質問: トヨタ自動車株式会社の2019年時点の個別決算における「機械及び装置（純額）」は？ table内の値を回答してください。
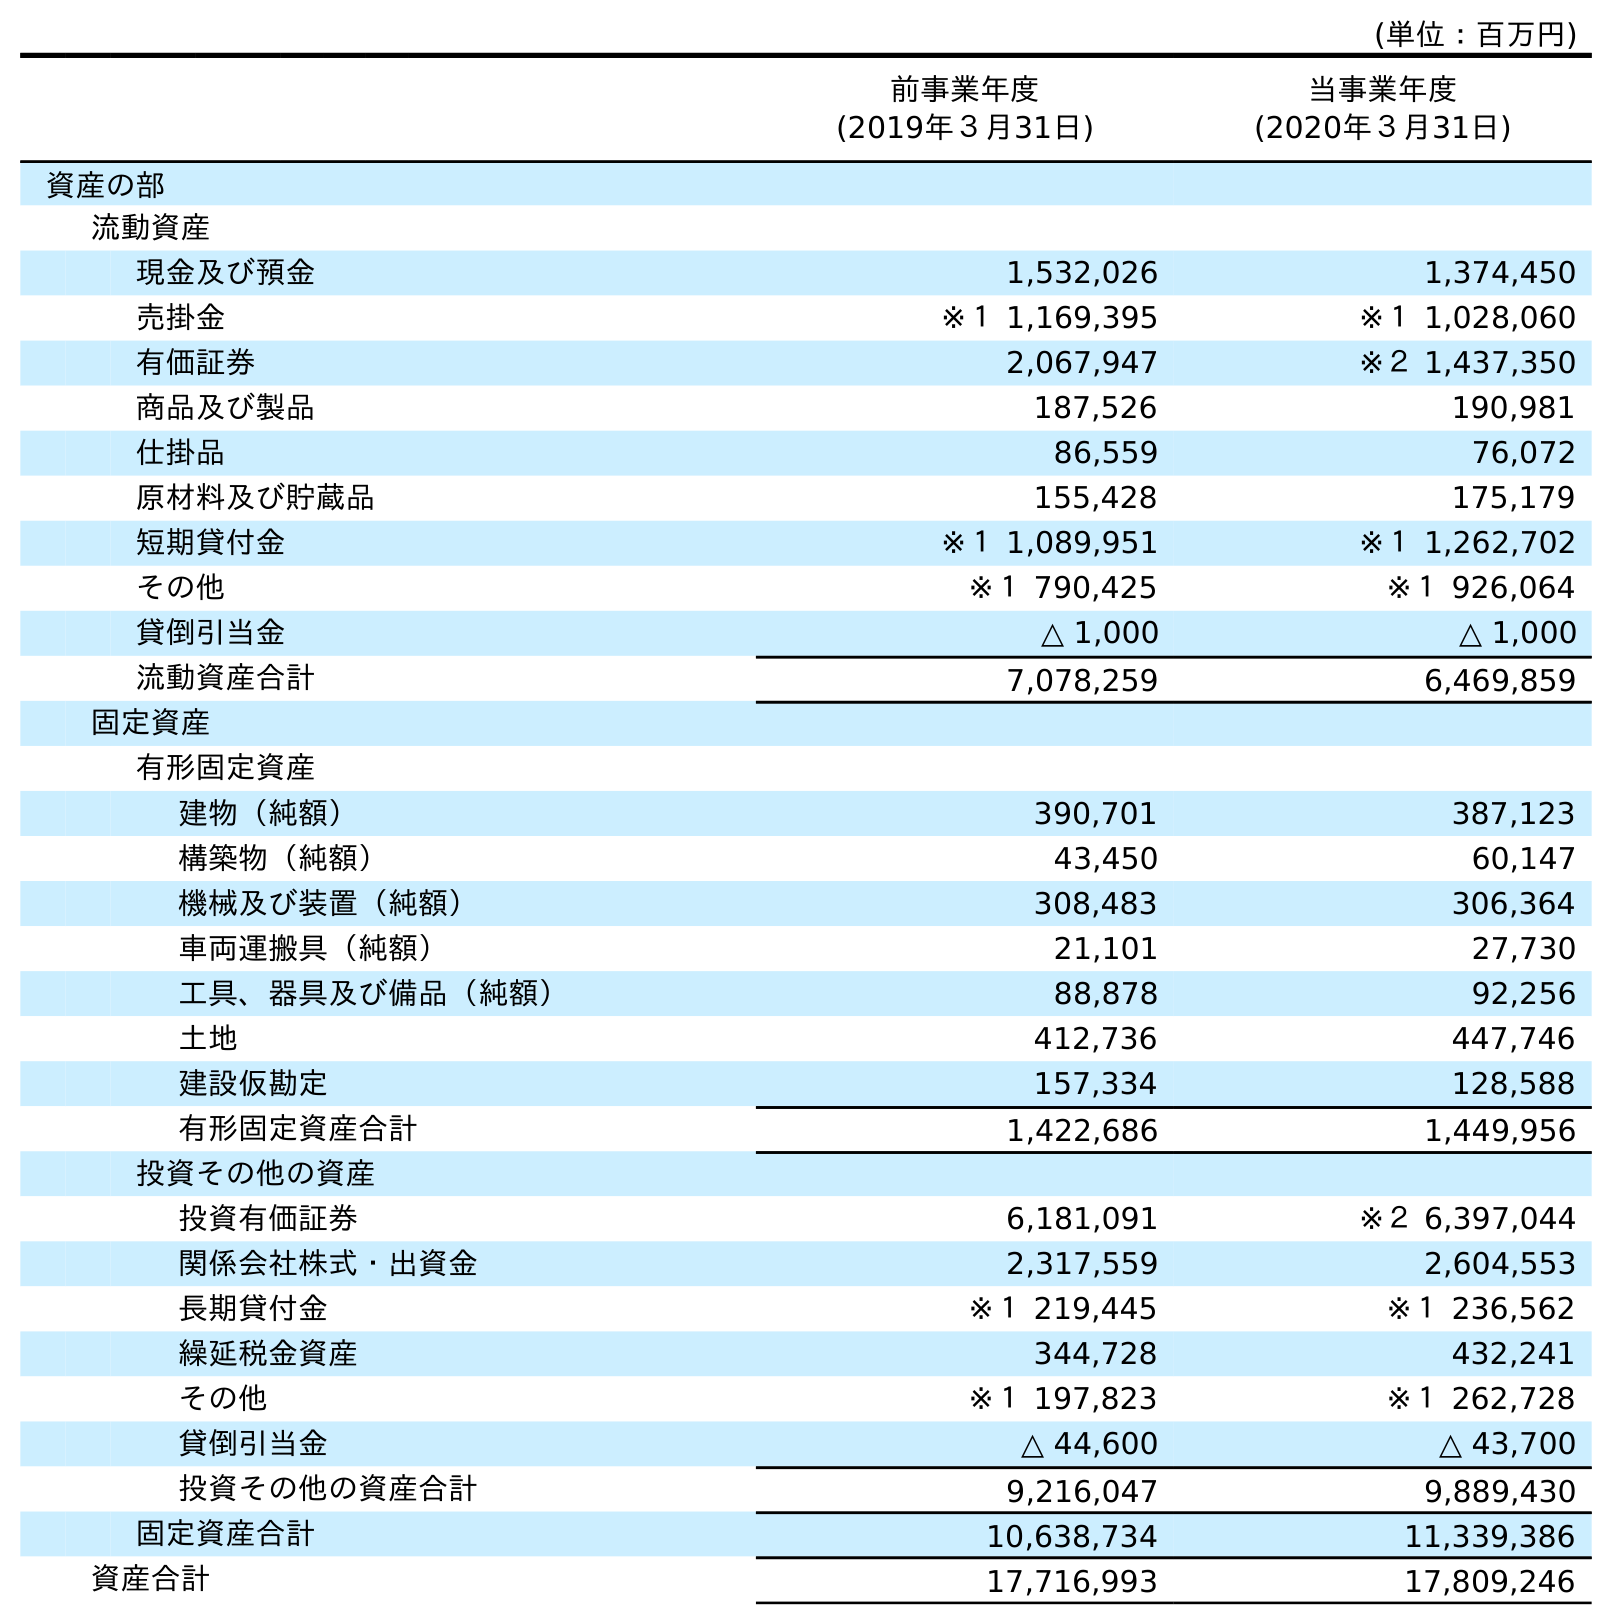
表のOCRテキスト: (単位：百万円) 前事業年度 (2019年３月31日) 当事業年度 (2020年３月31日) 資産の部 流動資産 現金及び預金 1,532,026 1,374,450 売掛金 ※１ 1,169,395 ※１ 1,028,060 有価証券 2,067,947 ※２ 1,437,350 商品及び製品 187,526 190,981 仕掛品 86,559 76,072 原材料及び貯蔵品 155,428 175,179 短期貸付金 ※１ 1,089,951 ※１ 1,262,702 その他 ※１ 790,425 ※１ 926,064 貸倒引当金 △ 1,000 △ 1,000 流動資産合計 7,078,259 6,469,859 固定資産 有形固定資産 建物（純額） 390,701 387,123 構築物（純額） 43,450 60,147 機械及び装置（純額） 308,483 306,364 車両運搬具（純額） 21,101 27,730 工具、器具及び備品（純額） 88,878 92,256 土地 412,736 447,746 建設仮勘定 157,334 128,588 有形固定資産合計 1,422,686 1,449,956 投資その他の資産 投資有価証券 6,181,091 ※２ 6,397,044 関係会社株式・出資金 2,317,559 2,604,553 長期貸付金 ※１ 219,445 ※１ 236,562 繰延税金資産 344,728 432,241 その他 ※１ 197,823 ※１ 262,728 貸倒引当金 △ 44,600 △ 43,700 投資その他の資産合計 9,216,047 9,889,430 固定資産合計 10,638,734 11,339,386 資産合計 17,716,993 17,809,246
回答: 308,483